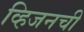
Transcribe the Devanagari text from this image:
व्हिजनची